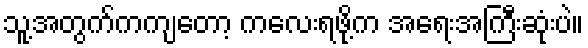
သူ့အတွက်ကကျတော့ ကလေးရဖို့က အရေးအကြီးဆုံးပဲ။